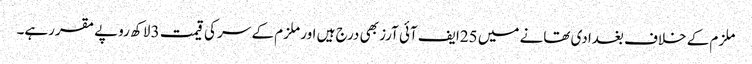
ملزم کے خلاف بغدادی تھانے میں 25ایف آئی آرز بھی درج ہیں اور ملزم کے سر کی قیمت 3 لاکھ روپے مقررہے۔